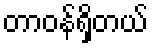
တာဝန်ရှိတယ်